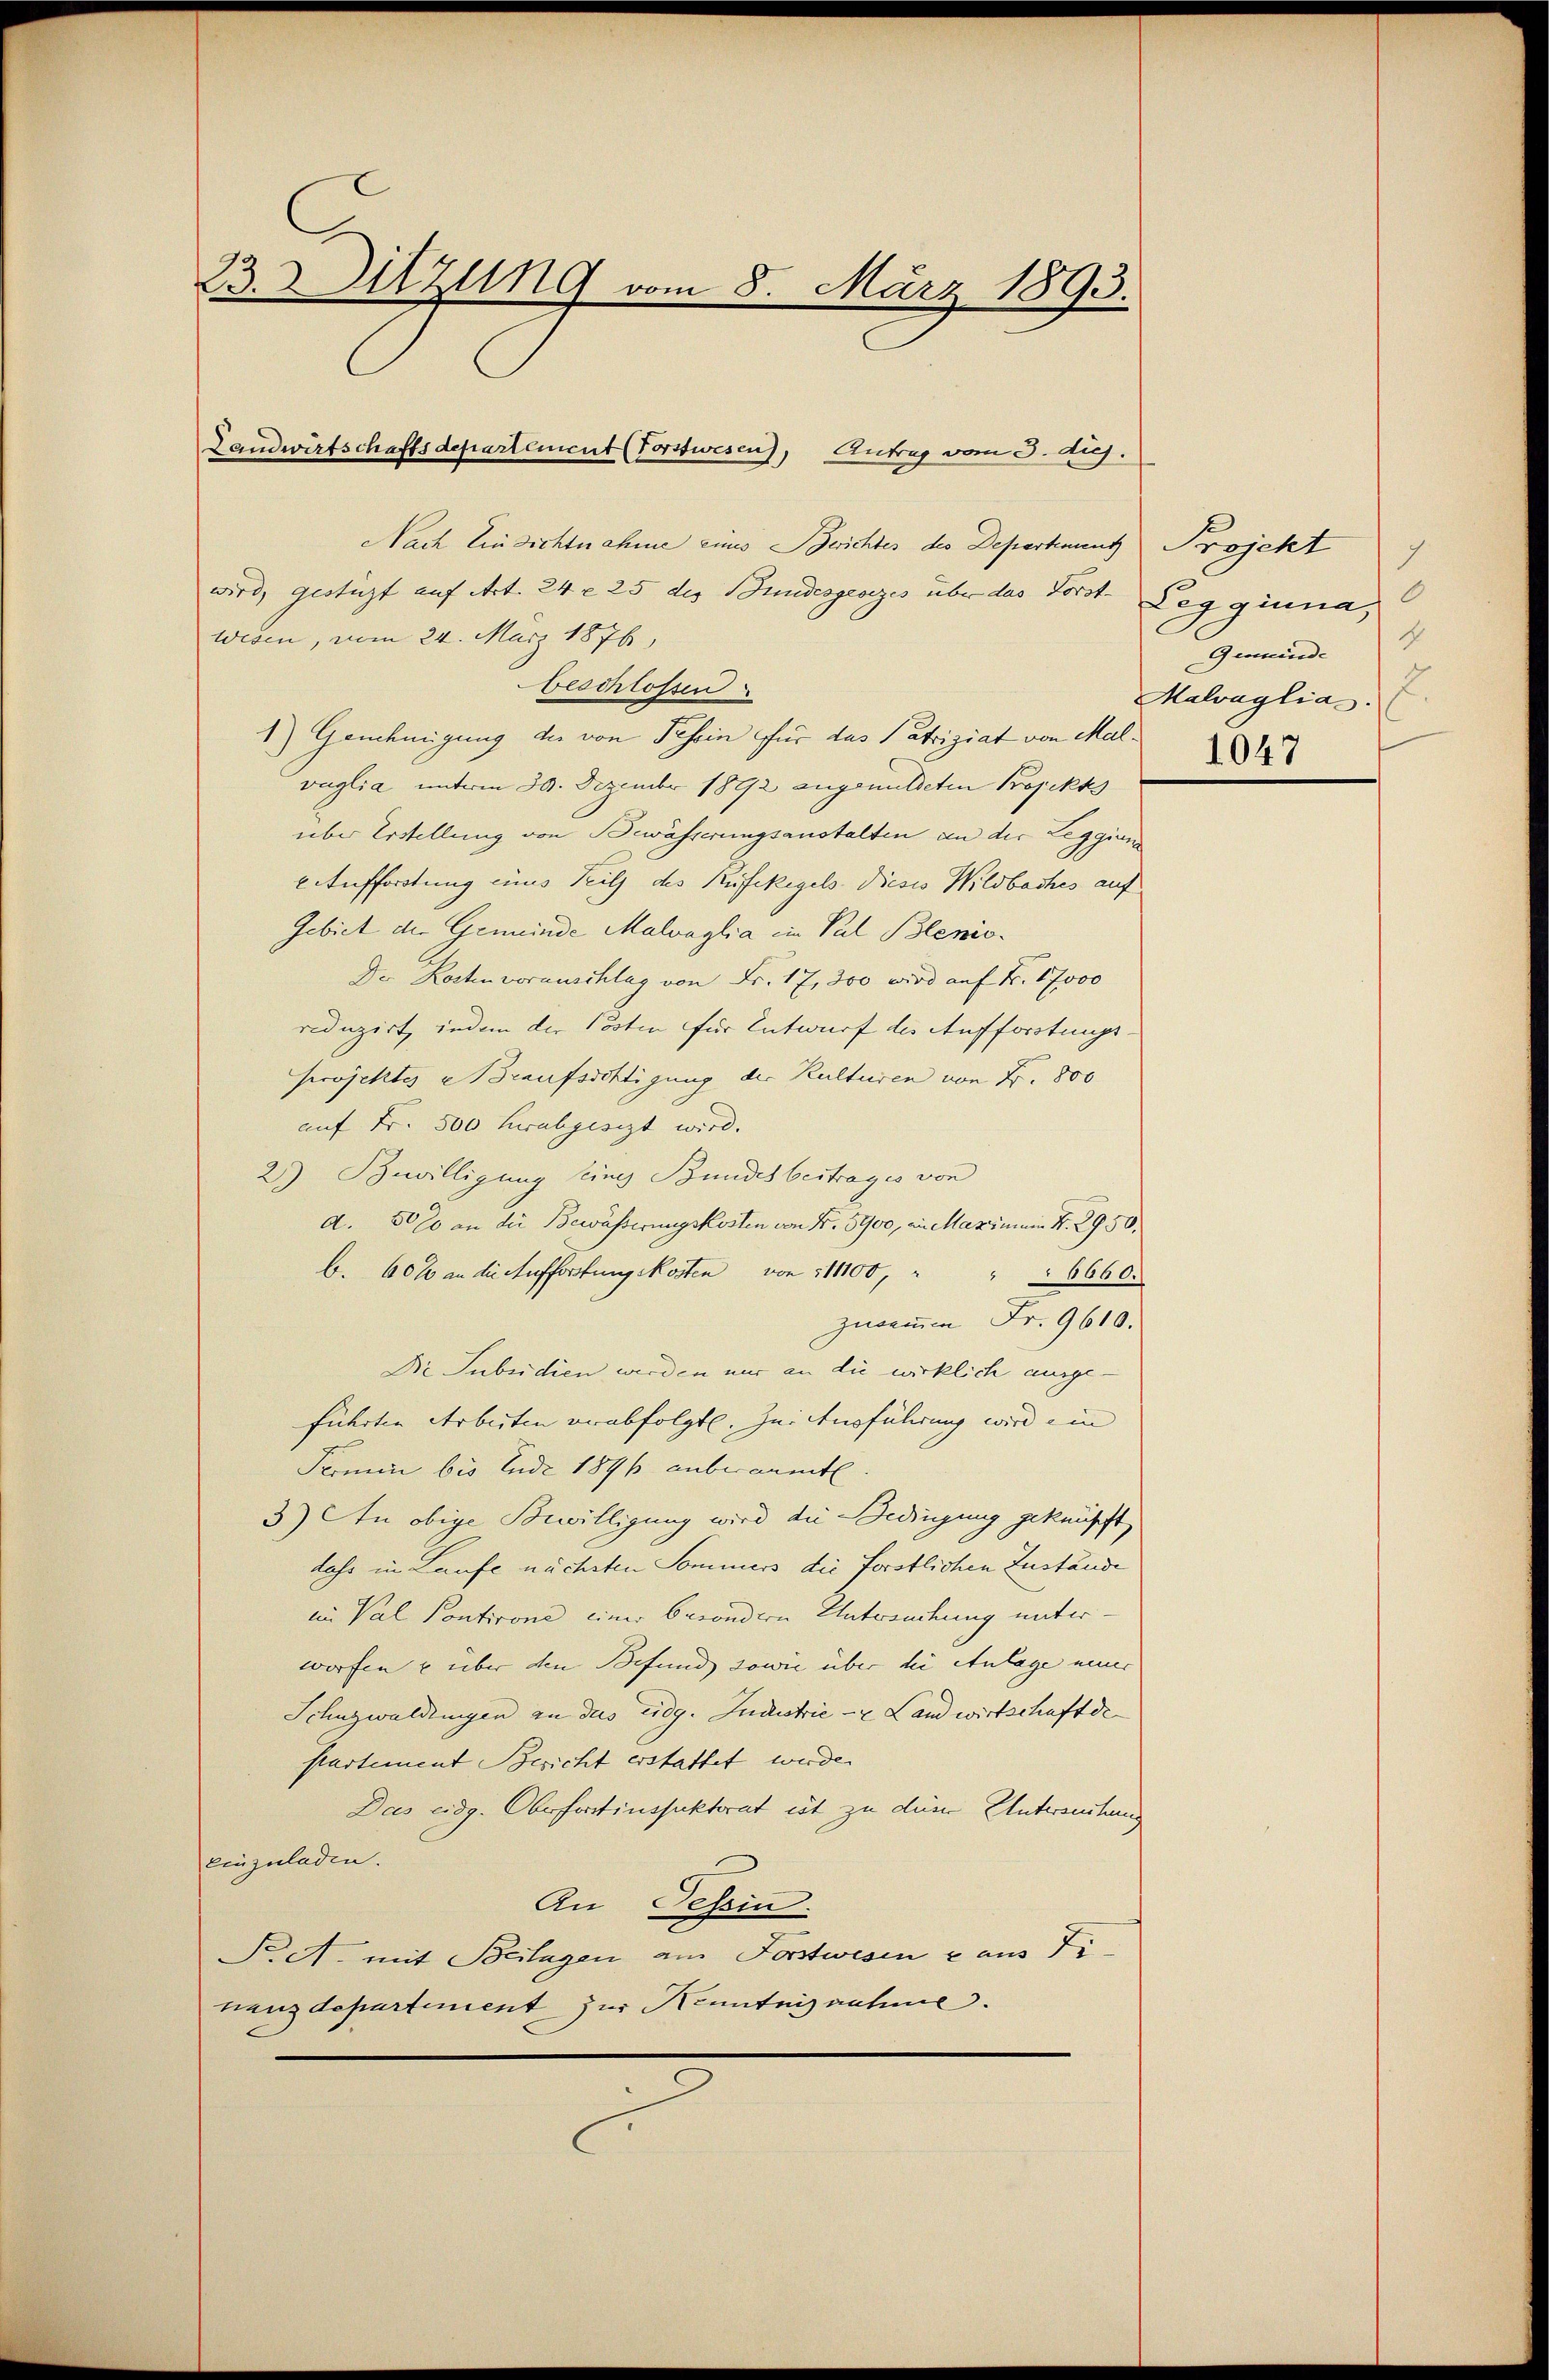
23. Sitzung vom 8. März 1893.

Nach Einsichtnahme eines Berichtes des Departenunt
wird, gestüzt auf Art. 24 x 25 des Bundesgesezes über das Forst Leggina,
Wesen, vom 24. März 1876,
beschlossen
1) Genehmigung der von Tessin für das Patriziat von Malvaglia unterm 30. Dezember 1892 angemuteten Projekts
über Erstellung von Bewässerungsanstalten an der Leggiun
EAufforstung eines Teilz des Rufekegels dieses Wildbaches auf
Gebiet der Gemeinde Malvaglia im Pul Blenis¬
Der Kosten vorauschlag von Fr. 17, 300 wird auf Fr. 17000
reduzirt, indem der Posten für Entwurf des Aufforstungsprojektes e Braufsichtigung der Kulturen von Fr. 800
auf Fr. 500 herabgesezt wird. |
2) Bewilligung seines Bundesbeitrages von
a. 5000 an die Bewässerungskosten von N. 3900, an Maximann N. 2950.
b. 600 an die Aufforstung Mosten von 111100, " " " 6660.
zusammen Fr. 9610.
Die Subsidien werden nur an die wirklich ausgeführten Arbeiten verabfolgt. Zeichurführung wird ein
Fermin bis Ende 1896 anberaumte
3) An obige Bewilligung wird die Bedingung geknüpft,
dass in Laufe nächsten Sommers die forstlichen Zustände
in Val Pontironi einer besondern Antwendung unter-
worfen u über den Befund sowie über die Anlage neuer
Schnzwaldungen an das eidg. Industrie - Landwirtschaft de
ptartement Bericht erstattet werden
Das eidg. Oberforstinssektorat ist zu die Untereitung
einzuladen.
An Tessin.
Piet, mit Beilagen am Forstwesen & aus Fihanzdepartement zur Kenntnisnahme.

Landwirtschaftsdepartement (Torstwesen), Antrag vom 3. huj.

Projekt
Gemeinde
2.
Malvaglias.
1047